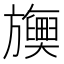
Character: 𬀡